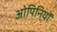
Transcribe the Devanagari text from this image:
ओपिनियों